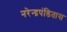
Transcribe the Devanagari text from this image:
नरेन्द्रपंडितास